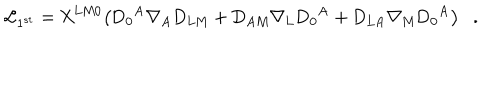
LaTeX: { \cal L } _ { 1 ^ { s t } } = \mathrm { X ^ { L M 0 } \big ( D _ { 0 } { } ^ { A } \nabla _ { A } D _ { L M } + D _ { A M } \nabla _ { L } D _ { 0 } { } ^ { A } + D _ { L A } \nabla _ { M } D _ { 0 } { } ^ { A } \big ) } .